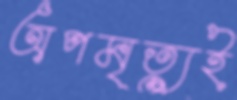
অপমৃত্যুই